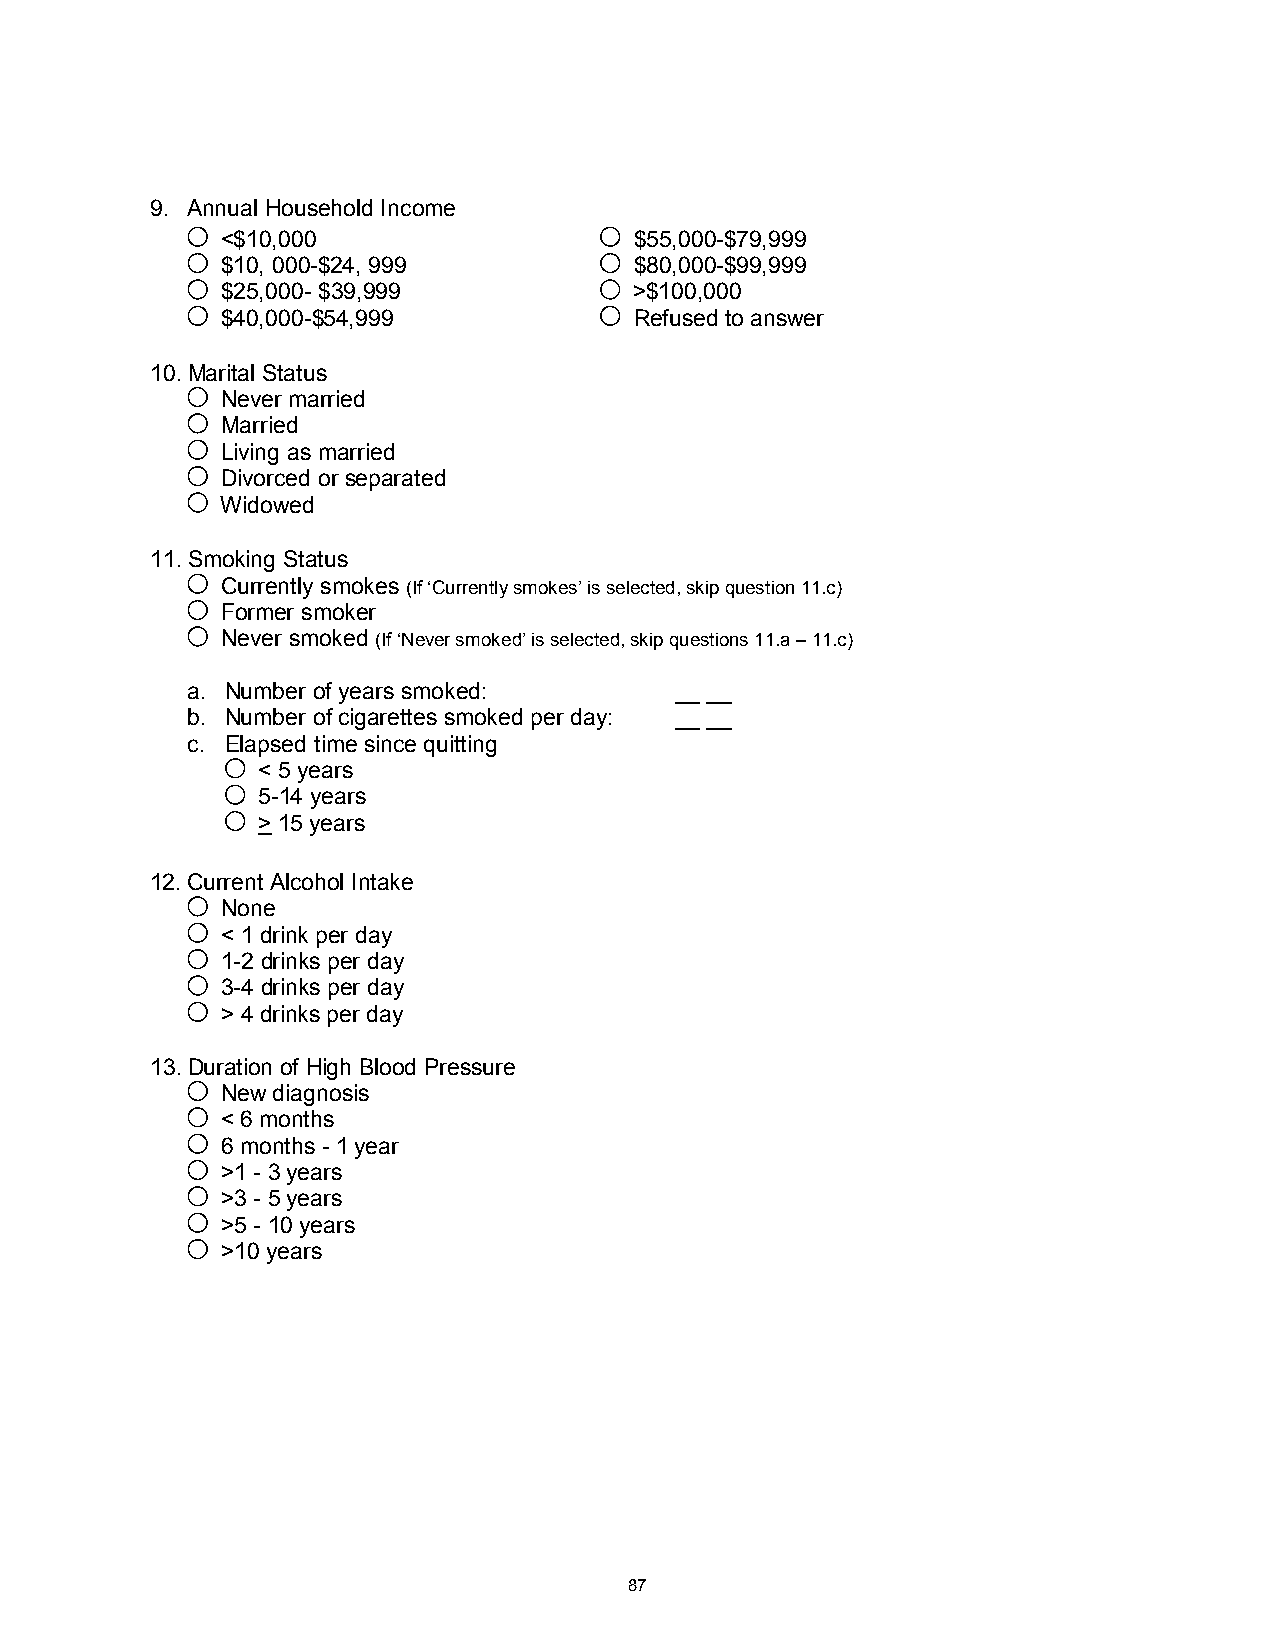
9. Annual Household Income
 <$10,000                   $55,000-$79,999
 $10, 000-$24, 999          $80,000-$99,999
 $25,000- $39,999           >$100,000
 $40,000-$54,999            Refused to answer
 10. Marital Status
 Never married
 Married
 Living as married
 Divorced or separated
 Widowed
 11. Smoking Status
 Currently smokes (If ‘Currently smokes’ is selected, skip question 11.c)
 Former smoker
 Never smoked (If ‘Never smoked’ is selected, skip questions 11.a – 11.c)
 a. Number of years smoked:       __ __
 b. Number of cigarettes smoked per day: __ __
 c. Elapsed time since quitting
 < 5 years
 5-14 years
 > 15 years
 12. Current Alcohol Intake
 None
 < 1 drink per day
 1-2 drinks per day
 3-4 drinks per day
 > 4 drinks per day
 13. Duration of High Blood Pressure
 New diagnosis
 < 6 months
 6 months - 1 year
 >1 - 3 years
 >3 - 5 years
 >5 - 10 years
 >10 years
 87